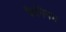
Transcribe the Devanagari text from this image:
क्रैनियम